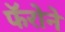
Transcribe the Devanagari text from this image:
फॅरोने